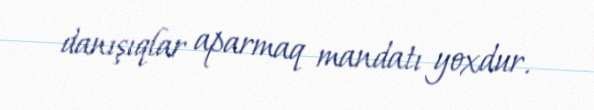
danışıqlar aparmaq mandatı yoxdur.